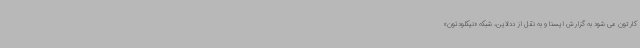
کارتون می شود به گزارش ایسنا و به نقل از ددلاین، شبکه «نیکلودئون»